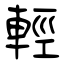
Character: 輕